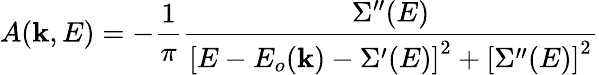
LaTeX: A(\mathbf{k},E)=-{\frac{1}{\pi}}{\frac{\Sigma^{\prime\prime}(E)}{\left[E-E_{o}(\mathbf{k})-\Sigma^{\prime}(E)\right]^{2}+\left[\Sigma^{\prime\prime}(E)\right]^{2}}}